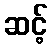
ဆင့်